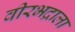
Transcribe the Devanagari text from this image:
वीरभद्राला